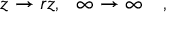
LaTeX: z \rightarrow r z , \ \ \infty \rightarrow \infty \quad ,